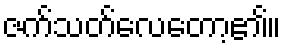
ဇက်သတ်လေတော့၏။